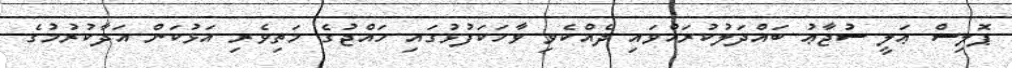
ޕޮލިސް ޢަލީ ސުޖާޢު ބައްދަލުކުރައްވައި ދެއްކެވި ވާހަކަފުޅުގައި ހައްޖުގެ މަތިވެރި އަޅުކަން އަދާކުރުމުގެ